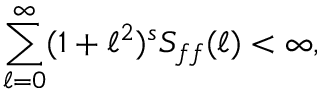
\sum _ { \ell = 0 } ^ { \infty } ( 1 + \ell ^ { 2 } ) ^ { s } S _ { f f } ( \ell ) < \infty ,